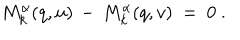
M _ { k } ^ { \alpha } ( q , u ) \, - \, M _ { k } ^ { \alpha } ( q , v ) ~ = ~ 0 ~ .